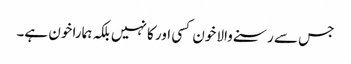
جس سے رسنے والا خون کسی اور کا نہیں بلکہ ہمارا خون ہے۔